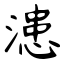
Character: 漶